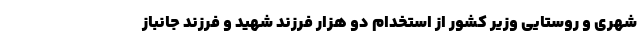
شهری و روستایی وزیر کشور از استخدام دو هزار فرزند شهید و فرزند جانباز